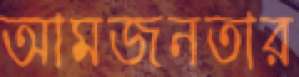
আমজনতার